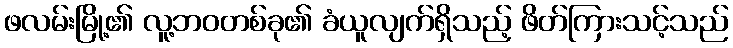
ဖလမ်းမြို့၏ လူ့ဘဝတစ်ခု၏ ခံယူလျက်ရှိသည့် ဖိတ်ကြားသင့်သည်